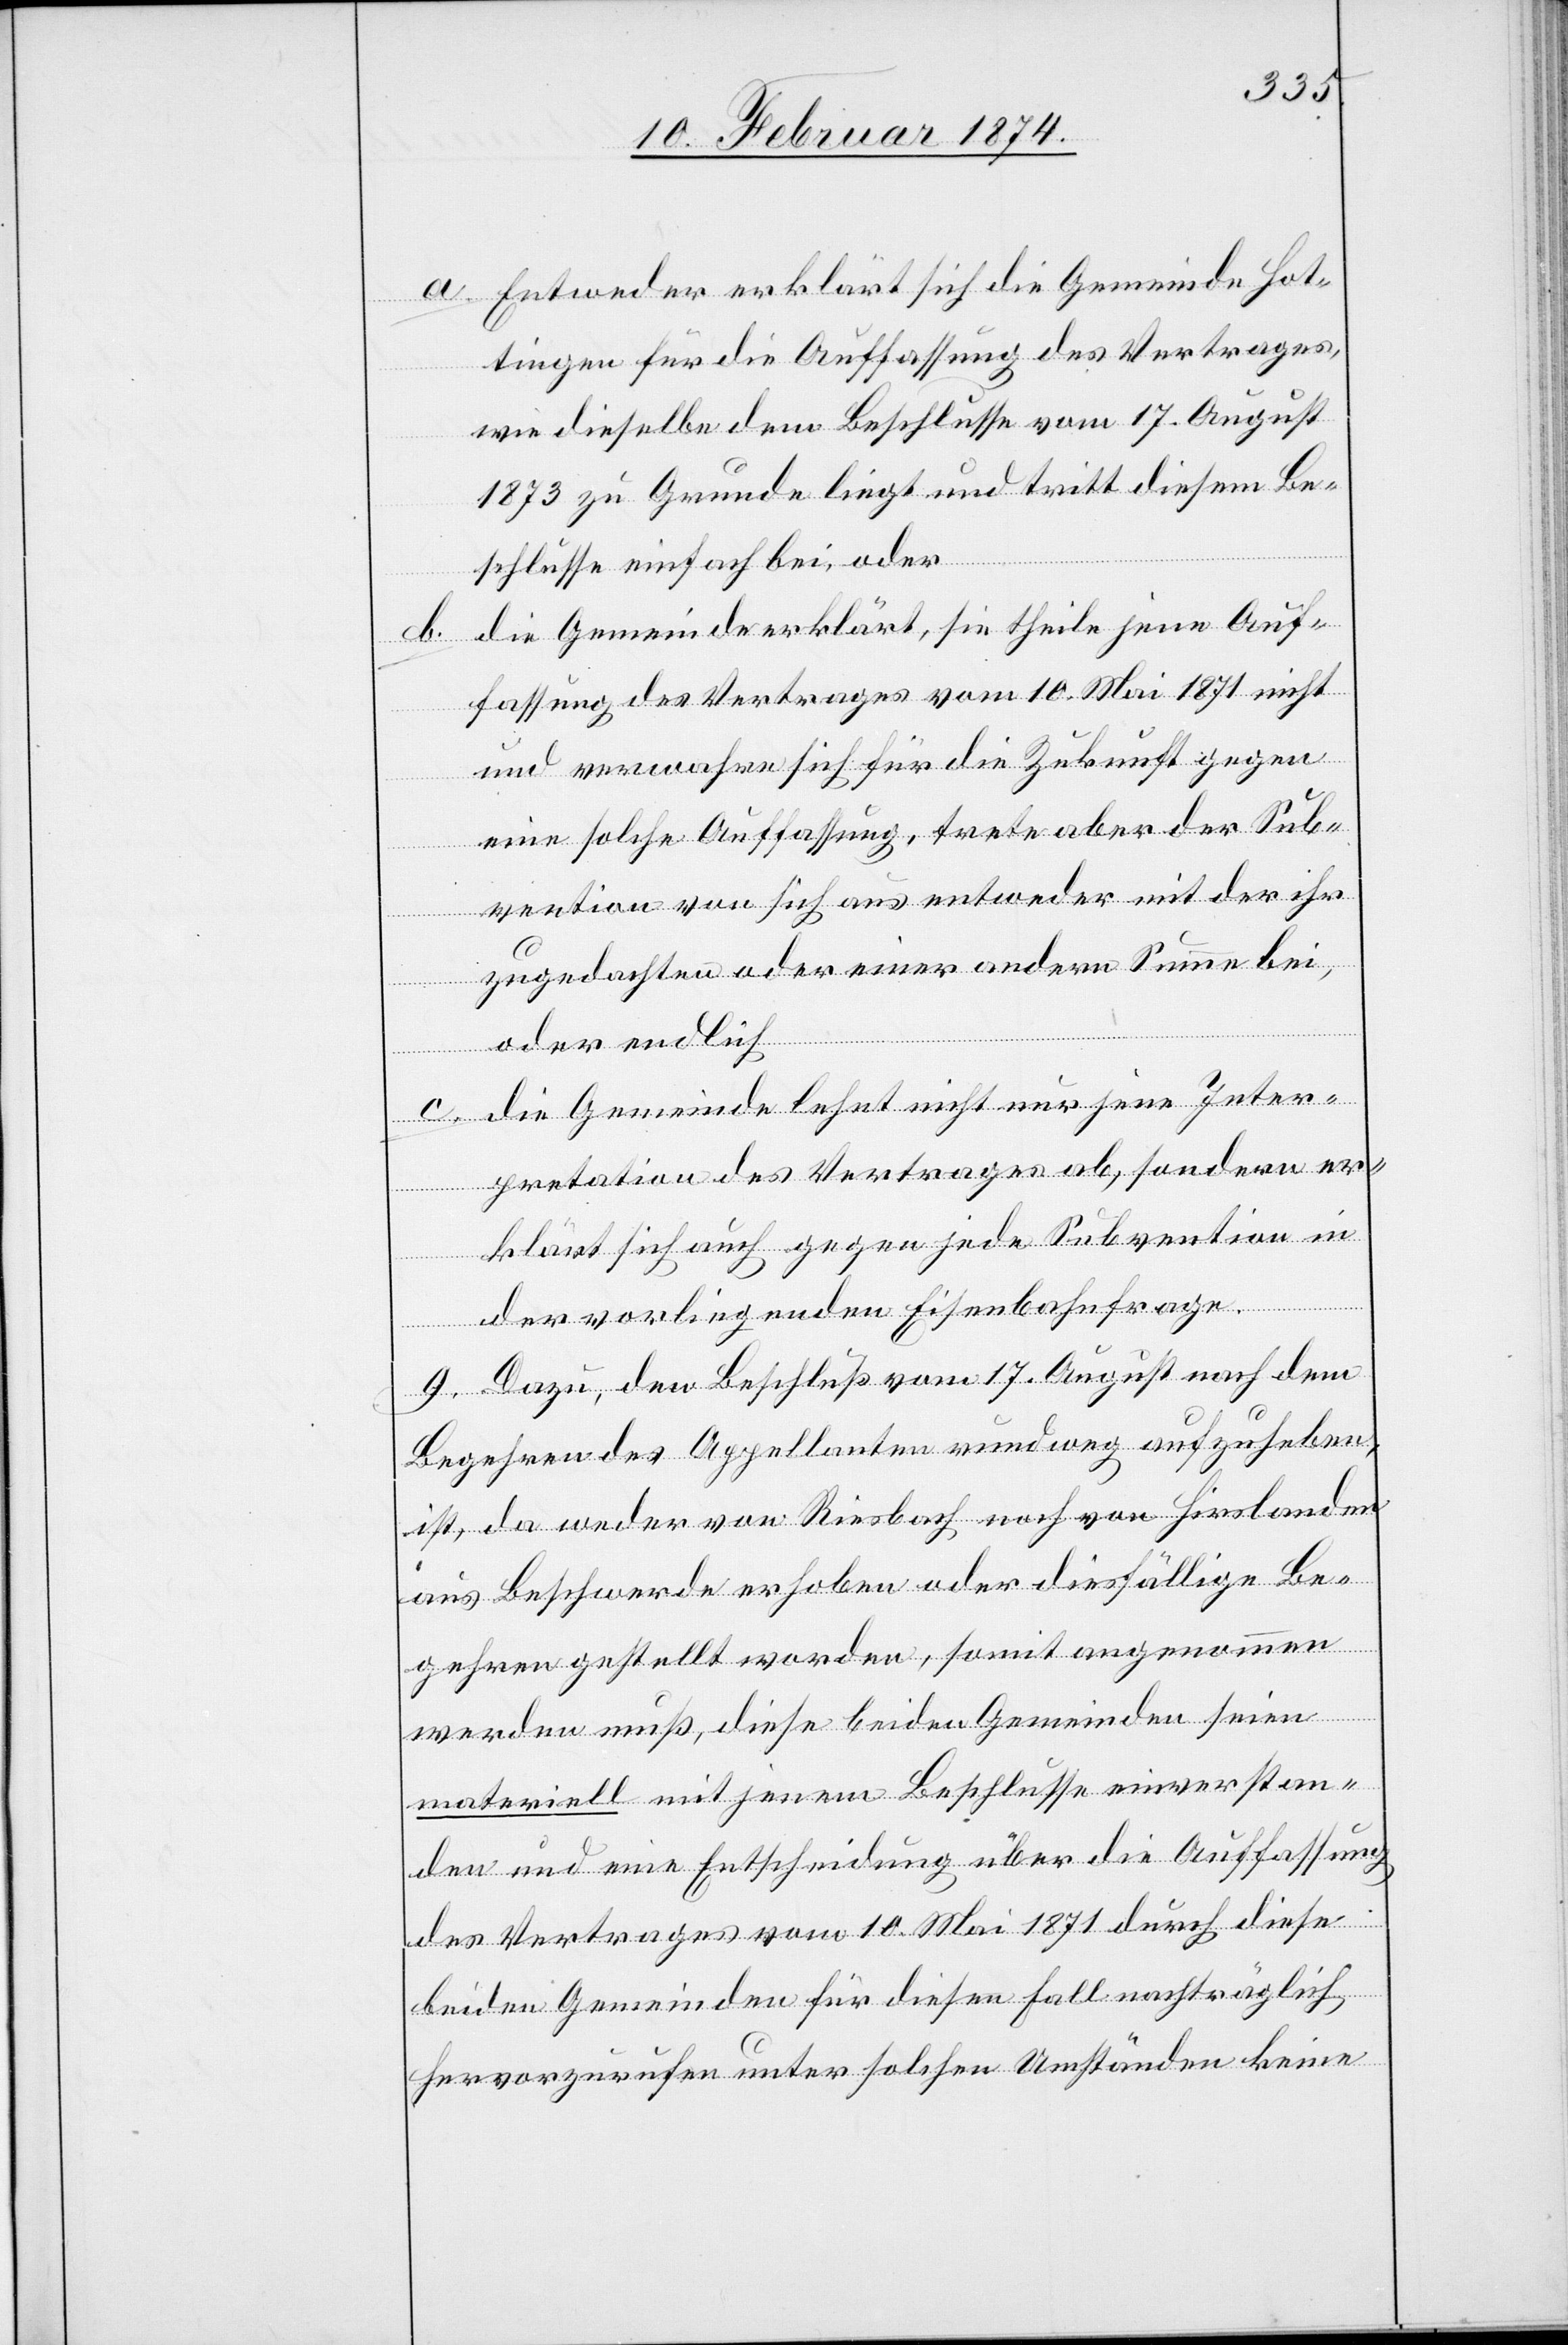
a. Entweder erklärt sich die Gemeinde Hot¬
tingen für die Auffassung des Vertrages,
wie dieselbe dem Beschlusse vom 17. August
1873 zu Grunde liegt und tritt diesem Be¬
schlusse einfach bei, oder
b. die Gemeinde erklärt, sie theile jene Auf¬
fassung des Vertrages vom 10. Mai 1871 nicht
und verwahre sich für die Zukunft gegen
eine solche Auffassung, trete aber der Sub¬
vention von sich aus entweder mit der ihr
zugedachten oder einer andern Summe bei,
oder endlich
c. die Gemeinde lehnt nicht nur jene Inter¬
pretation des Vertrages ab, sondern er¬
klärt sich auch gegen jede Subvention in
der vorliegenden Eisenbahnfrage.
9. Dazu, den Beschluß vom 17. August nach dem
Begehren des Appellanten rundweg aufzuheben,
ist, da weder von Riesbach noch von Hirslanden
aus Beschwerde erhoben oder diesfällige Be¬
gehren gestellt worden, somit angenommen
werden muß, diese beiden Gemeinden seien
materiell mit jenem Beschlusse einverstan¬
den und eine Entscheidung über die Auffassung
des Vertrages vom 10. Mai 1871 durch diese
beiden Gemeinden für diesen Fall nachträglich
hervorzurufen unter solchen Umständen keine